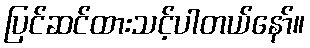
ပြင်ဆင်ထားသင့်ပါတယ်နော်။